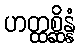
ဟတ္ထစ္ဆိန္နံ